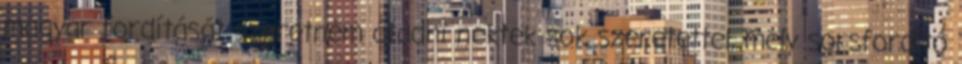
magyar fordítását szeretném átadni nektek sok szeretettel, mely sorsfordító